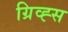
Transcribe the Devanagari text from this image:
ग्रिव्ह्स